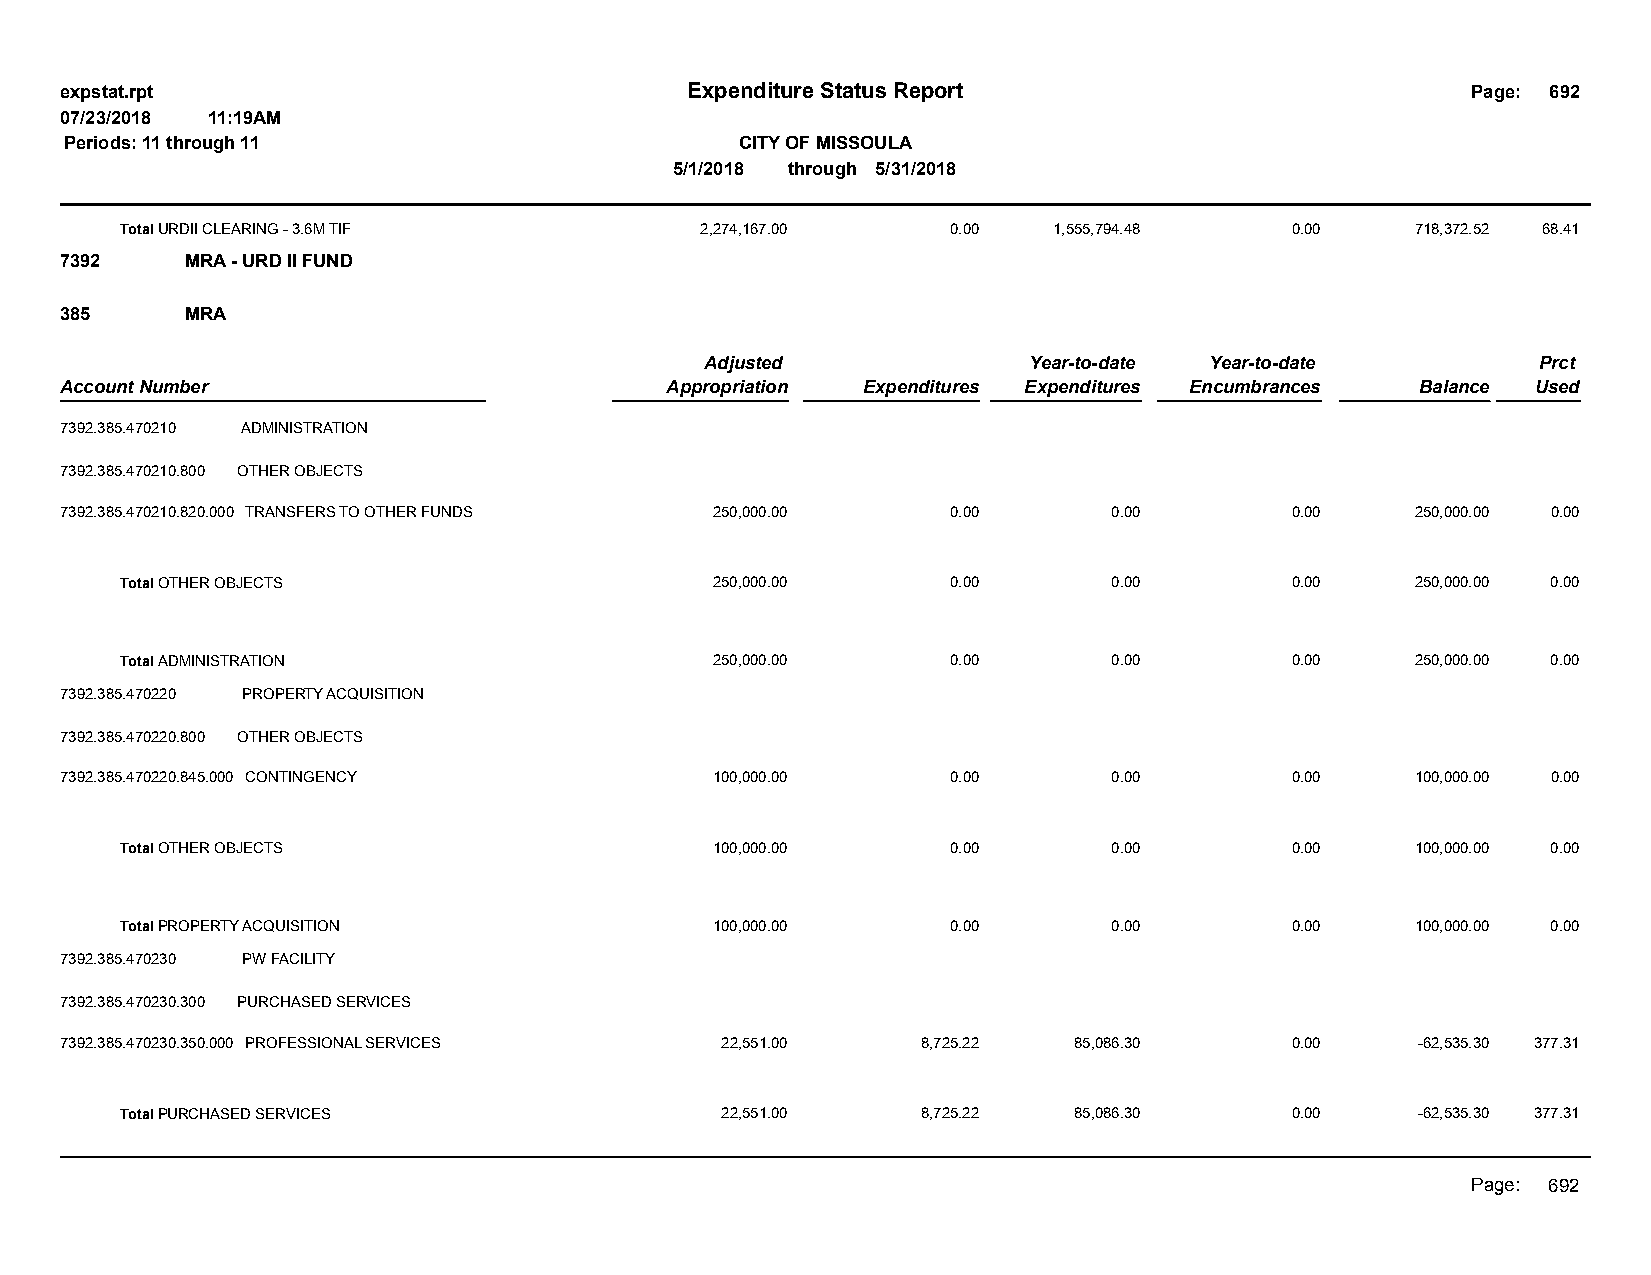
expstat.rpt                              Expenditure Status Report                           Page: 692
 07/23/2018 11:19AM
 Periods: 11 through 11                       CITY OF MISSOULA
 5/1/2018 through 5/31/2018
 Total URDII CLEARING - 3.6M TIF       2,274,167.00     0.00   1,555,794.48   0.00     718,372.52 68.41
 7392    MRA - URD II FUND
 385     MRA
 Adjusted             Year-to-date Year-to-date         Prct
 Account Number                          Appropriation Expenditures Expenditures Encumbrances Balance Used
 7392.385.470210 ADMINISTRATION
 7392.385.470210.800 OTHER OBJECTS
 7392.385.470210.820.000 TRANSFERS TO OTHER FUNDS 250,000.00 0.00      0.00       0.00     250,000.00 0.00
 Total OTHER OBJECTS                    250,000.00      0.00       0.00       0.00     250,000.00 0.00
 Total ADMINISTRATION                   250,000.00      0.00       0.00       0.00     250,000.00 0.00
 7392.385.470220 PROPERTY ACQUISITION
 7392.385.470220.800 OTHER OBJECTS
 7392.385.470220.845.000 CONTINGENCY        100,000.00      0.00       0.00       0.00     100,000.00 0.00
 Total OTHER OBJECTS                    100,000.00      0.00       0.00       0.00     100,000.00 0.00
 Total PROPERTY ACQUISITION             100,000.00      0.00       0.00       0.00     100,000.00 0.00
 7392.385.470230 PW FACILITY
 7392.385.470230.300 PURCHASED SERVICES
 7392.385.470230.350.000 PROFESSIONAL SERVICES 22,551.00  8,725.22  85,086.30     0.00     -62,535.30 377.31
 Total PURCHASED SERVICES                22,551.00    8,725.22  85,086.30     0.00     -62,535.30 377.31
 Page: 692